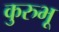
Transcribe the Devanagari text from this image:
कुरुभू